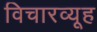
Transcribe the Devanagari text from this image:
विचारव्यूह